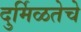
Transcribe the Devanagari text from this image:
दुर्मिळतेचे